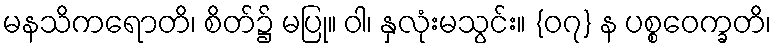
မနသိကရောတိ၊ စိတ်၌ မပြု။ ဝါ၊ နှလုံးမသွင်း။ {၀၇} န ပစ္စဝေက္ခတိ၊